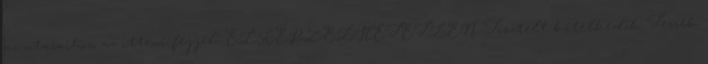
az utasaihoz, az itteni fejjel, ELKÉPZELHETETLEN Tisztelt kételkedők Tessék